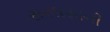
સરઘસાની